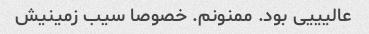
عالیییی بود. ممنونم. خصوصا سیب زمینیش